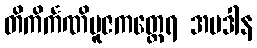
တိကိင်္ကဏိပူဇကတ္ထေရ အပဒါန